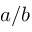
a / b